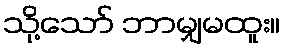
သို့သော် ဘာမျှမထူး။